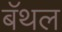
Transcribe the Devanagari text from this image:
बॅथल